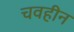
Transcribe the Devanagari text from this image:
चवहीन